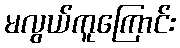
မလွယ်ကူကြောင်း